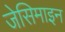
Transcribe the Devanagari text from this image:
जेसिमाइन